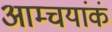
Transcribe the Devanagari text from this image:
आम्चयांकं